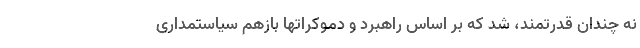
نه چندان قدرتمند، شد که بر اساس راهبرد و دموکراتها بازهم سیاستمداری